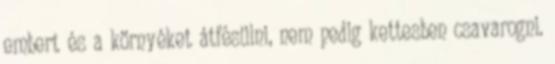
embert és a környéket átfésülni, nem pedig kettesben csavarogni.